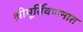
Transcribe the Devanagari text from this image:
श्रीमूर्तिवर्णनात